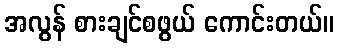
အလွန် စားချင်စဖွယ် ကောင်းတယ်။